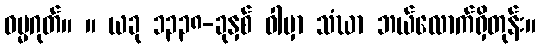
ဓမ္မဂုတ်။ ။ ယခု ၁၃၃၈-ခုနှစ် ဝါမှာ သံဃာ ဘယ်လောက်ရှိတုန်း။